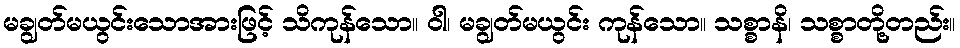
မချွတ်မယွင်းသောအားဖြင့် သိကုန်သော။ ဝါ၊ မချွတ်မယွင်း ကုန်သော။ သစ္စာနိ၊ သစ္စာတို့တည်း။